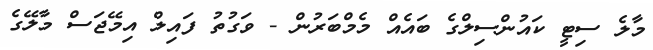
މާލެ ސިޓީ ކައުންސިލްގެ ބައެއް މެމްބަރުން - ވަގުތު ފައިލް އިމޭޖަސް މާލޭގެ